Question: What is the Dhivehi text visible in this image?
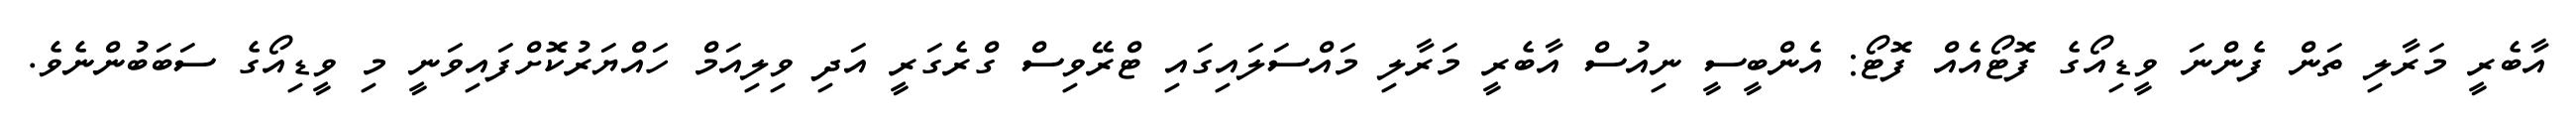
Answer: އާބެރީ މަރާލި ތަން ފެންނަ ވީޑިއޯގެ ފޮޓޯއެއް ފޮޓޯ: އެންބީސީ ނިއުސް އާބެރީ މަރާލި މައްސަލައިގައި ޓްރޭވިސް ގްރެގަރީ އަދި ވިލިއަމް ހައްޔަރުކޮށްފައިވަނީ މި ވީޑިއޯގެ ސަބަބުންނެވެ.